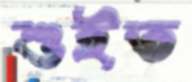
শুইত